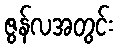
ဇွန်လအတွင်း